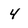
Character: 4